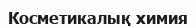
Косметикалық химия